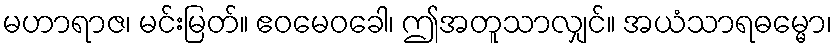
မဟာရာဇ၊ မင်းမြတ်။ ဧဝမေဝခေါ၊ ဤအတူသာလျှင်။ အယံသာရဓမ္မော၊